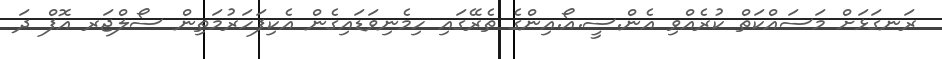
ރަނގަޅަށް މަސައްކަތް ކުރެއްވި އެން.ސީ.އޯ.އިންގެ ތެރޭގައި ހިމެނިވަޑައިގެން އެކިފަހަރުމަތިން ސޯލްޖަރ އޮފް ދަ